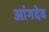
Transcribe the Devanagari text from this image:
आंगदेव